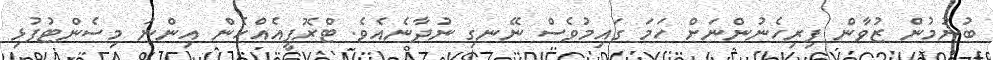
ބުނުމުން ޒުވާން ފިރިހެނުންނަށް ހަމަ ގައިމުވެސް ނޭނގި ނުދާނެއެވެ. ޓްރޮފީއެއްހެން އިންނަ މިސެންޓުފުޅި